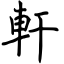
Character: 軒